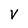
Character: V